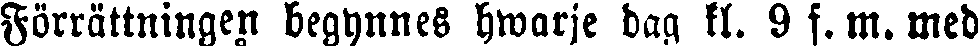
Förrättningen begynnes hwarje dag kl. 9 f. m. med